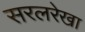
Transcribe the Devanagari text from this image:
सरलरेखा